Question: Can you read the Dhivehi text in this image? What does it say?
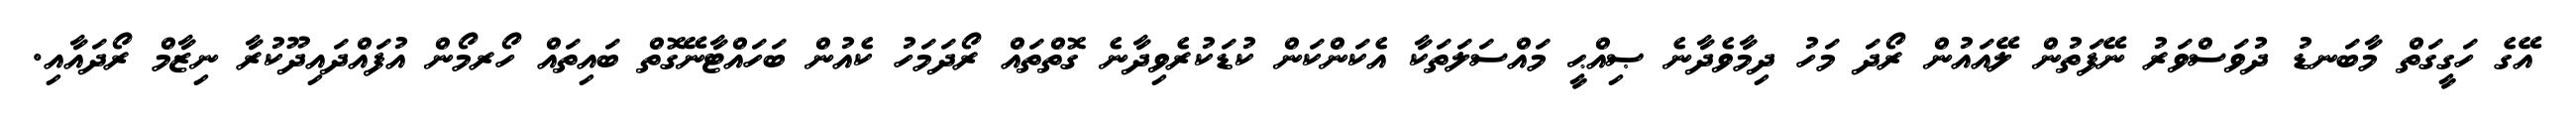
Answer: އޭގެ ހަގީގަތް މާބަނޑު ދުވަސްވަރު ނޭފަތުން ލޭއައުން ރޯދަ މަހު ދިމާވެދާނެ ޞިއްޙީ މައްސަލަތަކާ އެކަންކަން ކުޑަކުރެވިދާނެ ގޮތްތައް ރޯދަމަހު ކެއުން ބަހައްޓާނޭގޮތް ބައިތައް ހޯރމޯން އުފައްދައިދޫކުރާ ނިޒާމް ރޯދައާއި.